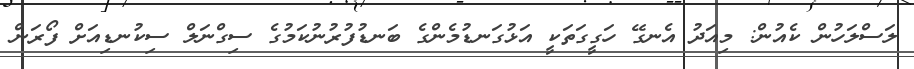
ލަސްލަހުން ކެއުން: މިއަދު އެނގޭ ހަގީގަތަކީ އަޅުގަނޑުމެންގެ ބަނޑުފުރުނުކަމުގެ ސިގްނަލް ސިކުނޑިއަށް ފޯރަން